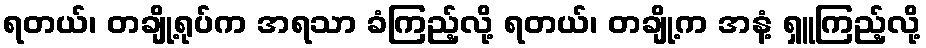
ရတယ်၊ တချို့ရုပ်က အရသာ ခံကြည့်လို့ ရတယ်၊ တချို့က အနံ့ ရှူကြည့်လို့